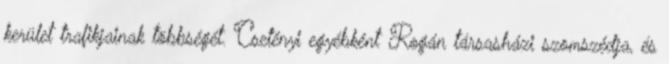
kerület trafikjainak többségét. Csetényi egyébként Rogán társasházi szomszédja, és